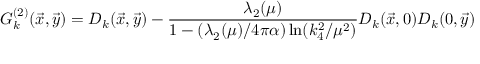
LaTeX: G _ { k } ^ { ( 2 ) } ( { \vec { x } } , { \vec { y } } ) = D _ { k } ( { \vec { x } } , { \vec { y } } ) - { \frac { \lambda _ { 2 } ( \mu ) } { 1 - ( \lambda _ { 2 } ( \mu ) / 4 \pi \alpha ) \ln ( k _ { 4 } ^ { 2 } / \mu ^ { 2 } ) } } D _ { k } ( { \vec { x } } , 0 ) D _ { k } ( 0 , { \vec { y } } )